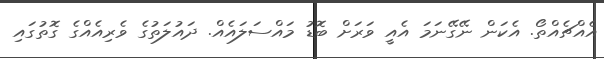
އެއްޗެއްތޯ. އެކަން ނޭގޭނަމަ އެއީ ވަރަށް ބޮޑު މައްސަލައެއް. ދައުލަތުގެ ވެރިއެއްގެ ގޮތުގައި